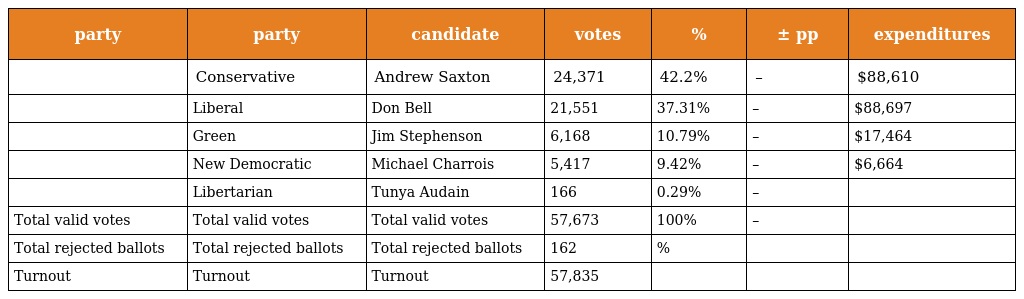
| party | party | candidate | votes | % | ± pp | expenditures |
 | --- | --- | --- | --- | --- | --- | --- |
 |  | Conservative | Andrew Saxton | 24,371 | 42.2% | – | $88,610 |
 |  | Liberal | Don Bell | 21,551 | 37.31% | – | $88,697 |
 |  | Green | Jim Stephenson | 6,168 | 10.79% | – | $17,464 |
 |  | New Democratic | Michael Charrois | 5,417 | 9.42% | – | $6,664 |
 |  | Libertarian | Tunya Audain | 166 | 0.29% | – |  |
 | Total valid votes | Total valid votes | Total valid votes | 57,673 | 100% | – |  |
 | Total rejected ballots | Total rejected ballots | Total rejected ballots | 162 | % |  |  |
 | Turnout | Turnout | Turnout | 57,835 |  |  |  |